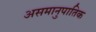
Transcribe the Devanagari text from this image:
असमानुपातिक